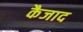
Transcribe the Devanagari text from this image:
कैजाद